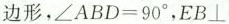
边形，$$\angle ABD=90^{\circ}$$，EB\perp